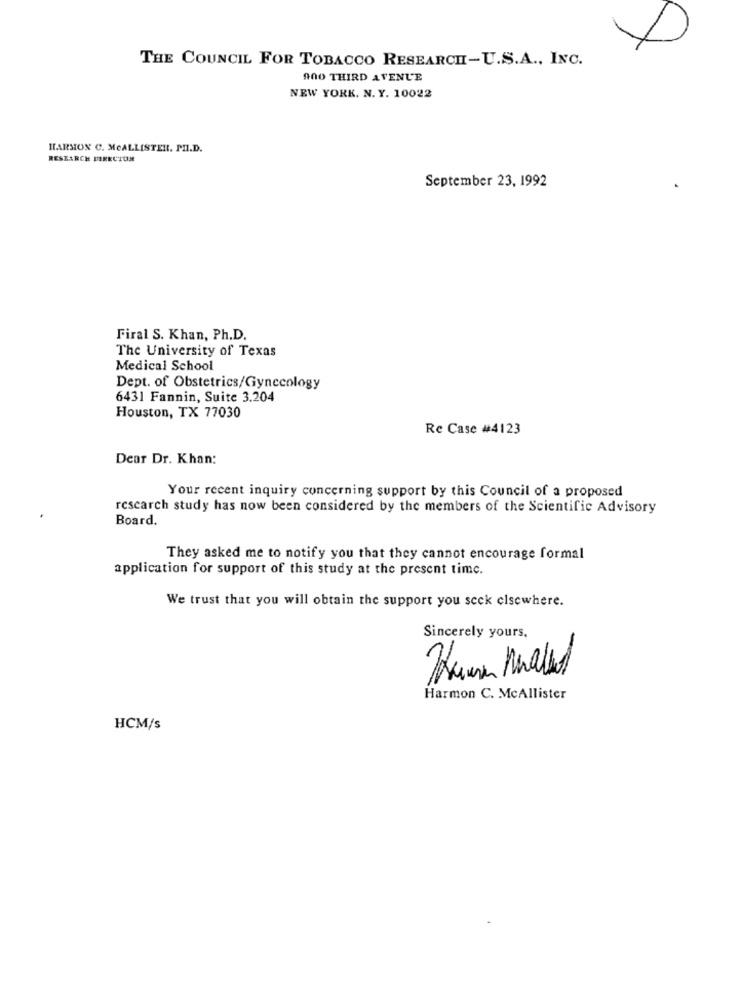
THE COUNCIL FOR TOBACCO RESEARCHI-U.S.A ., INC.
900 THIRD AVENUE
NEW YORK. N. Y. 10022
HARMON C. MCALLISTER. PH.D.
RESEARCH DIRECTUN
September 23, 1992
Firal S. Khan, Ph.D.
The University of Texas
Medical School
Dept. of Obstetrics/Gynecology
6431 Fannin, Suite 3.204
Houston, TX 77030
Re Case #4123
Dear Dr. Khan:
Your recent inquiry concerning support by this Council of a proposed
rescarch study has now been considered by the members of the Scientific Advisory
Board.
They asked me to notify you that they cannot encourage formal
application for support of this study at the present time.
We trust that you will obtain the support you seek elsewhere.
Sincerely yours,
Harmon C. McAllister
HCM/s